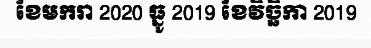
ខែមករា 2020 ធ្នូ 2019 ខែវិច្ឆិកា 2019